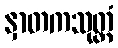
နှာတကသုတ္တံ